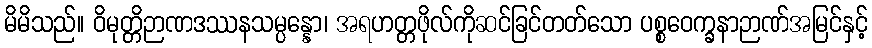
မိမိသည်။ ဝိမုတ္တိဉာဏဒဿနသမ္ပန္နော၊ အရဟတ္တဖိုလ်ကိုဆင်ခြင်တတ်သော ပစ္စဝေက္ခနာဉာဏ်အမြင်နှင့်